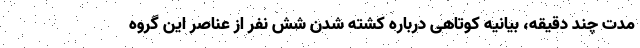
مدت چند دقیقه، بیانیه کوتاهی درباره کشته شدن شش نفر از عناصر این گروه